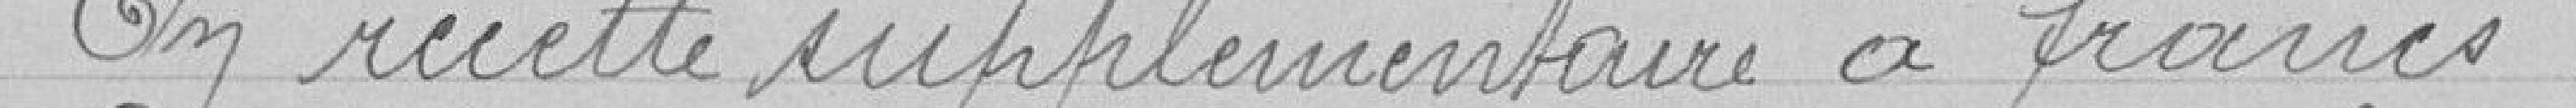
En recettes supplémentaire à francs